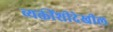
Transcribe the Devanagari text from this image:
व्यक्तींशीदेखील